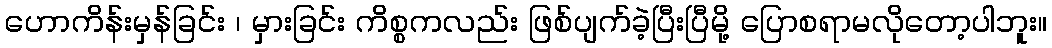
ဟောကိန်းမှန်ခြင်း ၊ မှားခြင်း ကိစ္စကလည်း ဖြစ်ပျက်ခဲ့ပြီးပြီမို့ ပြောစရာမလိုတော့ပါဘူး။